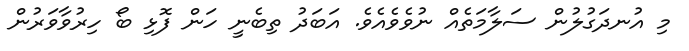
މި އުނދަގުލުން ސަލާމަތެއް ނުވެވެއެވެ. އަބަދު ތިބެނީ ހަން ފޮޅި ބޯ ހިރުވާވަރުން